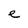
Character: e